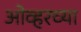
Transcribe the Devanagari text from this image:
ओव्हरच्या